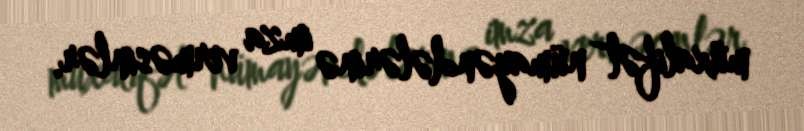
müxalifət nümayəndələrinə imza verməsinlər.